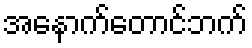
အနောက်တောင်ဘက်